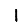
Digit: 1